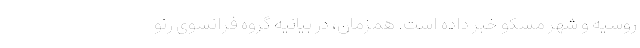
روسیه و شهر مسکو خبر داده است. همزمان، در بیانیه گروه فرانسوی رنو